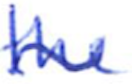
Text: the
Cross-out: wave
Writing tool: ballpoint